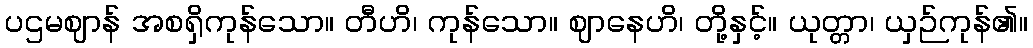
ပဌမဈာန် အစရှိကုန်သော။ တီဟိ၊ ကုန်သော။ ဈာနေဟိ၊ တို့နှင့်။ ယုတ္တာ၊ ယှဉ်ကုန်၏။